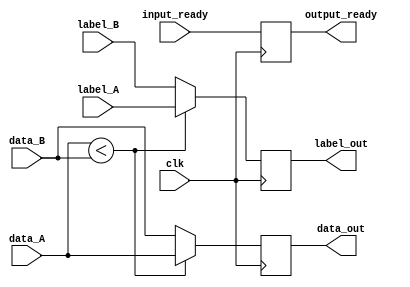
module find_min_2
    #(parameter DATA_WIDTH=8, parameter LABEL_WIDTH=3)
    (
        input wire clk,
        input wire [DATA_WIDTH-1:0] data_A,
        input wire [LABEL_WIDTH-1:0] label_A,

        input wire [DATA_WIDTH-1:0] data_B,
        input wire [LABEL_WIDTH-1:0] label_B,

        input wire input_ready,

        output reg [DATA_WIDTH-1:0] data_out,
        output reg [LABEL_WIDTH-1:0] label_out,
        output reg output_ready
    );

    always@(posedge clk) begin
        if(data_A < data_B) begin
            data_out <= data_A;
            label_out <= label_A;
        end else begin
            data_out <= data_B;
            label_out <= label_B;
        end

        output_ready <= input_ready;
    end

endmodule